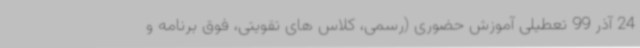
24 آذر 99 تعطیلی آموزش حضوری (رسمی، کلاس های تقویتی، فوق برنامه و